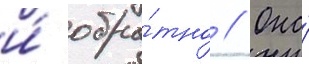
и́ обра́тно // Она́